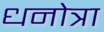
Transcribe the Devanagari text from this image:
धनोत्रा